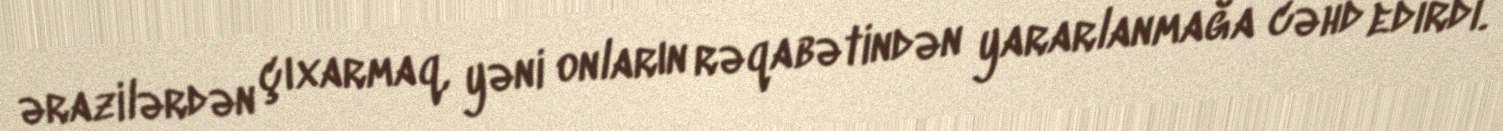
ərazilərdən çıxarmaq, yəni onların rəqabətindən yararlanmağa cəhd edirdi.